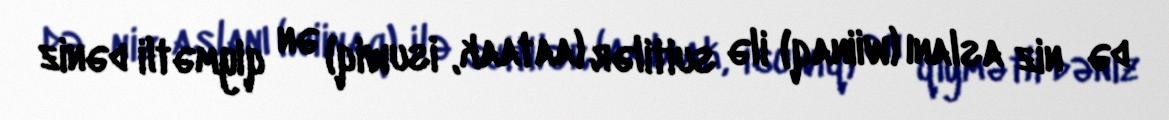
də⁬niz aslanı (wiinaq) ilə suitilər (aataak, isuwiq) ən qiymətli dəniz